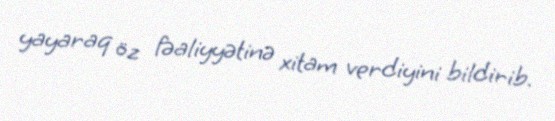
yayaraq öz fəaliyyətinə xitam verdiyini bildirib.